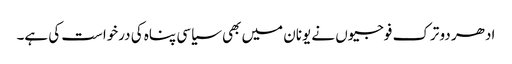
ادھر دو ترک فوجیوں نے یونان میں بھی سیاسی پناہ کی درخواست کی ہے۔